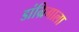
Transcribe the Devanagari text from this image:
डांग्रिगाला